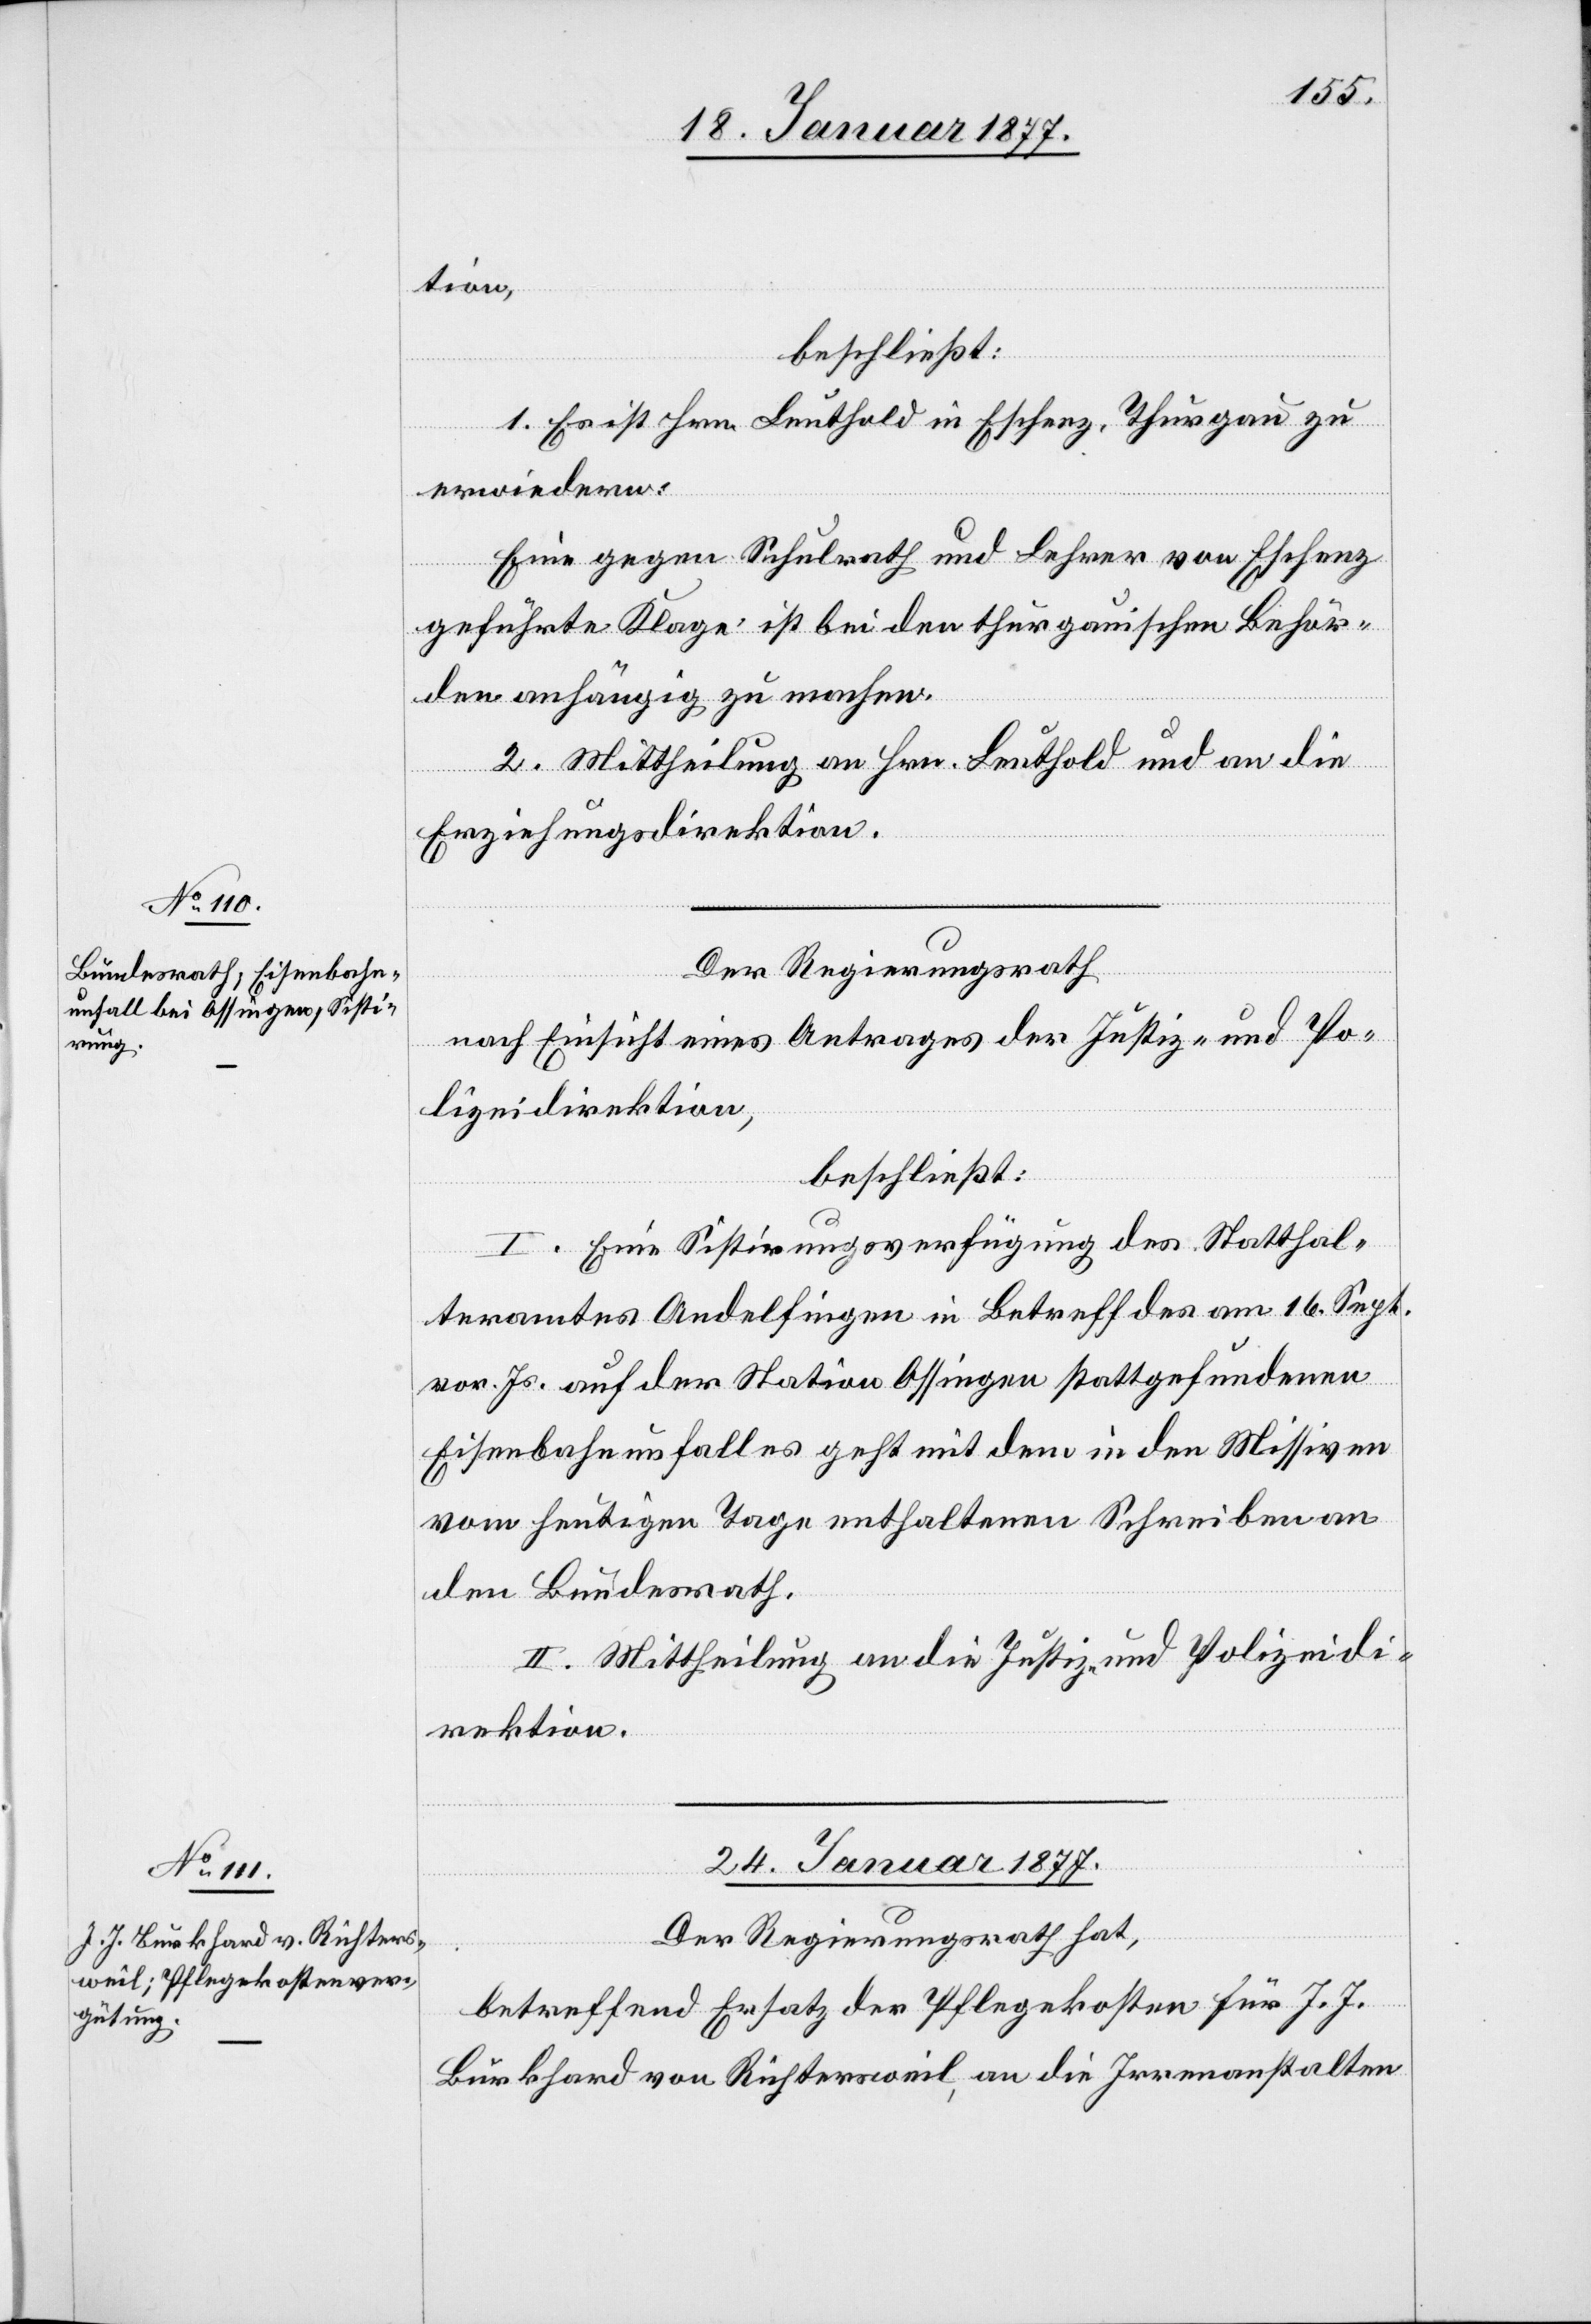
tion,
beschließt:
1. Es ist Hrn. Leuthold in Eschenz, Thurgau zu
erwiedern:
Eine gegen Schulrath und Lehrer von Eschenz
geführte Klage ist bei den thurgauischen Behör¬
den anhängig zu machen.
2. Mittheilung an Hrn. Leuthold und an die
Erziehungsdirektion.
Der Regierungsrath
nach Einsicht eines Antrages der Justiz- und Po¬
lizeidirektion,
beschließt:
I. Eine Sistirungsverfügung des Statthal¬
teramtes Andelfingen in Betreff des am 16. Sept.
vor. Js. auf der Station Ossingen stattgefundenen
Eisenbahnunfalles geht mit dem in den Missiven
vom heutigen Tage enthaltenen Schreiben an
den Bundesrath.
II. Mittheilung an die Justiz- und Polizeidi¬
rektion.
24. Januar 1877.
Der Regierungsrath hat,
betreffend Ersatz der Pflegekosten für J. J.
Burkhard von Richtersweil, an die Irrenanstalten